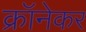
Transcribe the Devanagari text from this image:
क्रॉनेकर